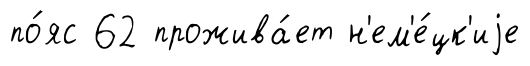
по́яс 62 прожива́ет н'ем'е́цк'иjе